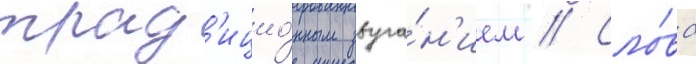
трад'ицио́нным звуча́н'ием // Сло́ва